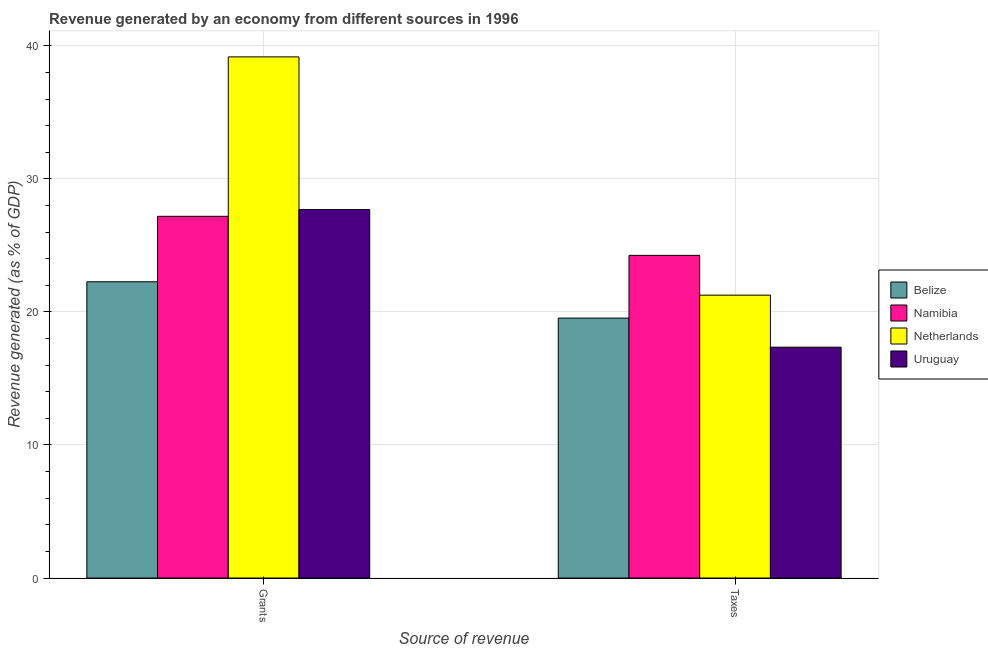
| Source of revenue | Belize | Namibia | Netherlands | Uruguay |
 | --- | --- | --- | --- | --- |
 | Grants | 22.3 | 27.2 | 39.2 | 27.7 |
 | Taxes | 19.5 | 24.3 | 21.3 | 17.4 |